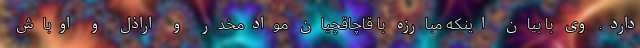
دارد. وی با بیان اینکه مبارزه با قاچاقچیان موادمخدر و اراذل و اوباش